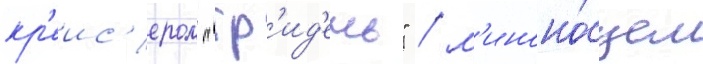
кр'еис'ером "гр'ид'ень" / м'иноно́сцем